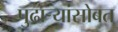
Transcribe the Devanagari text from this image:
पुढाऱ्यांसोबत